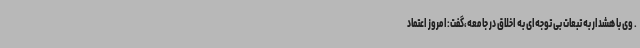
. وی با هشدار به تبعات بی توجه‌ای به اخلاق در جامعه،گفت:امروز اعتماد